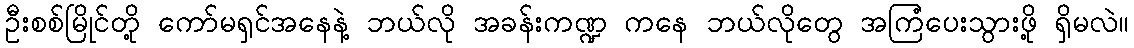
ဦးစစ်မြိုင်တို့ ကော်မရှင်အနေနဲ့ ဘယ်လို အခန်းကဏ္ဍ ကနေ ဘယ်လိုတွေ အကြံပေးသွားဖို့ ရှိမလဲ။